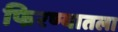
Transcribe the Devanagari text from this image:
फिरण्यातला